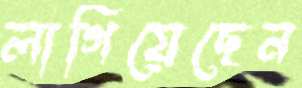
লাগিয়েছেন